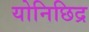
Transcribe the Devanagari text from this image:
योनिछिद्र